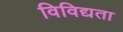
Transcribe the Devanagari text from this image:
विविद्यता